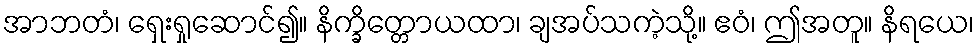
အာဘတံ၊ ရှေးရှုဆောင်၍။ နိက္ခိတ္တောယထာ၊ ချအပ်သကဲ့သို့။ ဧဝံ၊ ဤအတူ။ နိရယေ၊